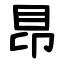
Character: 䀚